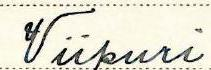
Viipuri